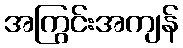
အကြွင်းအကျန်